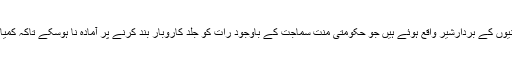
اس موقف میں ہسپانوی ہم پاکستانیوں کے بردارشیر واقع ہوئے ہیں جو حکومتی منت سماجت کے باوجود رات کو جلد کاروبار بند کرنے پر آمادہ نا ہوسکے تاکہ کمیاب بجلی کا بہترمصرف ہوسکے۔